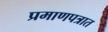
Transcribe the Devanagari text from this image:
प्रमाणपत्रात